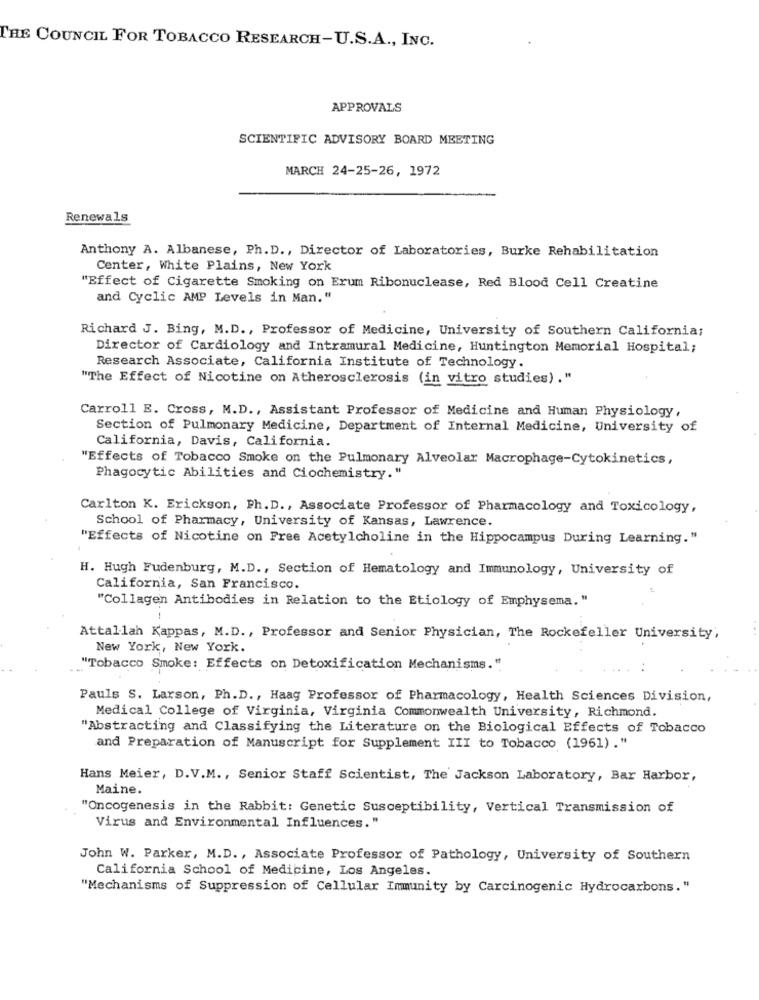
THE COUNCIL FOR TOBACCO RESEARCH-U.S.A ., INC.
APPROVALS
SCIENTIFIC ADVISORY BOARD MEETING
MARCH 24-25-26, 1972
Renewals
Anthony A. Albanese, Ph. D ., Director of Laboratories, Burke Rehabilitation
Center, White Plains, New York
"Effect of Cigarette Smoking on Erum Ribonuclease, Red Blood Cell Creatine
and Cyclic AMP Levels in Man."
Richard J. Bing, M.D ., Professor of Medicine, University of Southern California;
Director of Cardiology and Intramural Medicine, Huntington Memorial Hospital;
Research Associate, California Institute of Technology.
"The Effect of Nicotine on Atherosclerosis (in vitro studies) ."
Carroll E. Cross, M.D ., Assistant Professor of Medicine and Human Physiology,
Section of Pulmonary Medicine, Department of Internal Medicine, University of
California, Davis, California.
"Effects of Tobacco Smoke on the Pulmonary Alveolar Macrophage-Cytokinetics,
Phagocytic Abilities and Ciochemistry."
Carlton K. Erickson, Ph. D ., Associate Professor of Pharmacology and Toxicology,
School of Pharmacy, University of Kansas, Lawrence.
"Effects of Nicotine on Free Acetylcholine in the Hippocampus During Learning."
H. Hugh Fudenburg, M.D ., Section of Hematology and Immunology, University of
California, San Francisco.
"Collagen Antibodies in Relation to the Etiology of Emphysema."
Attallah Kappas, M.D ., Professor and Senior Physician, The Rockefeller University,
New York, New York.
"Tobacco Smoke: Effects on Detoxification Mechanisms."
Pauls S. Larson, Ph.D ., Haag Professor of Pharmacology, Health Sciences Division,
Medical College of Virginia, Virginia Commonwealth University, Richmond.
"Abstracting and Classifying the Literature on the Biological Effects of Tobacco
and Preparation of Manuscript for Supplement III to Tobacco (1961) ."
Hans Meier, D.V.M ., Senior Staff Scientist, The Jackson Laboratory, Bar Harbor,
Maine.
"Oncogenesis in the Rabbit: Genetic Susceptibility, Vertical Transmission of
Virus and Environmental Influences."
John W. Parker, M.D. , Associate Professor of Pathology, University of Southern
California School of Medicine, Los Angeles.
"Mechanisms of Suppression of Cellular Immunity by Carcinogenic Hydrocarbons."